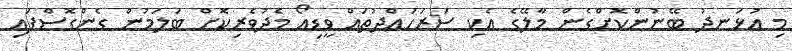
މި އުޅަނދު ބޭނުންކޮށްގެން މާލޭގެ އެކި ސަރަހައްދުތައް ވީޑިއޯ މެދުވެރިކޮށް ބަލަމުން ގެންގޮސްފައި